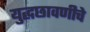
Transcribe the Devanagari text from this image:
युद्धछावणीचे